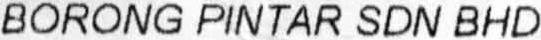
BORONG PINTAR SDN BHD